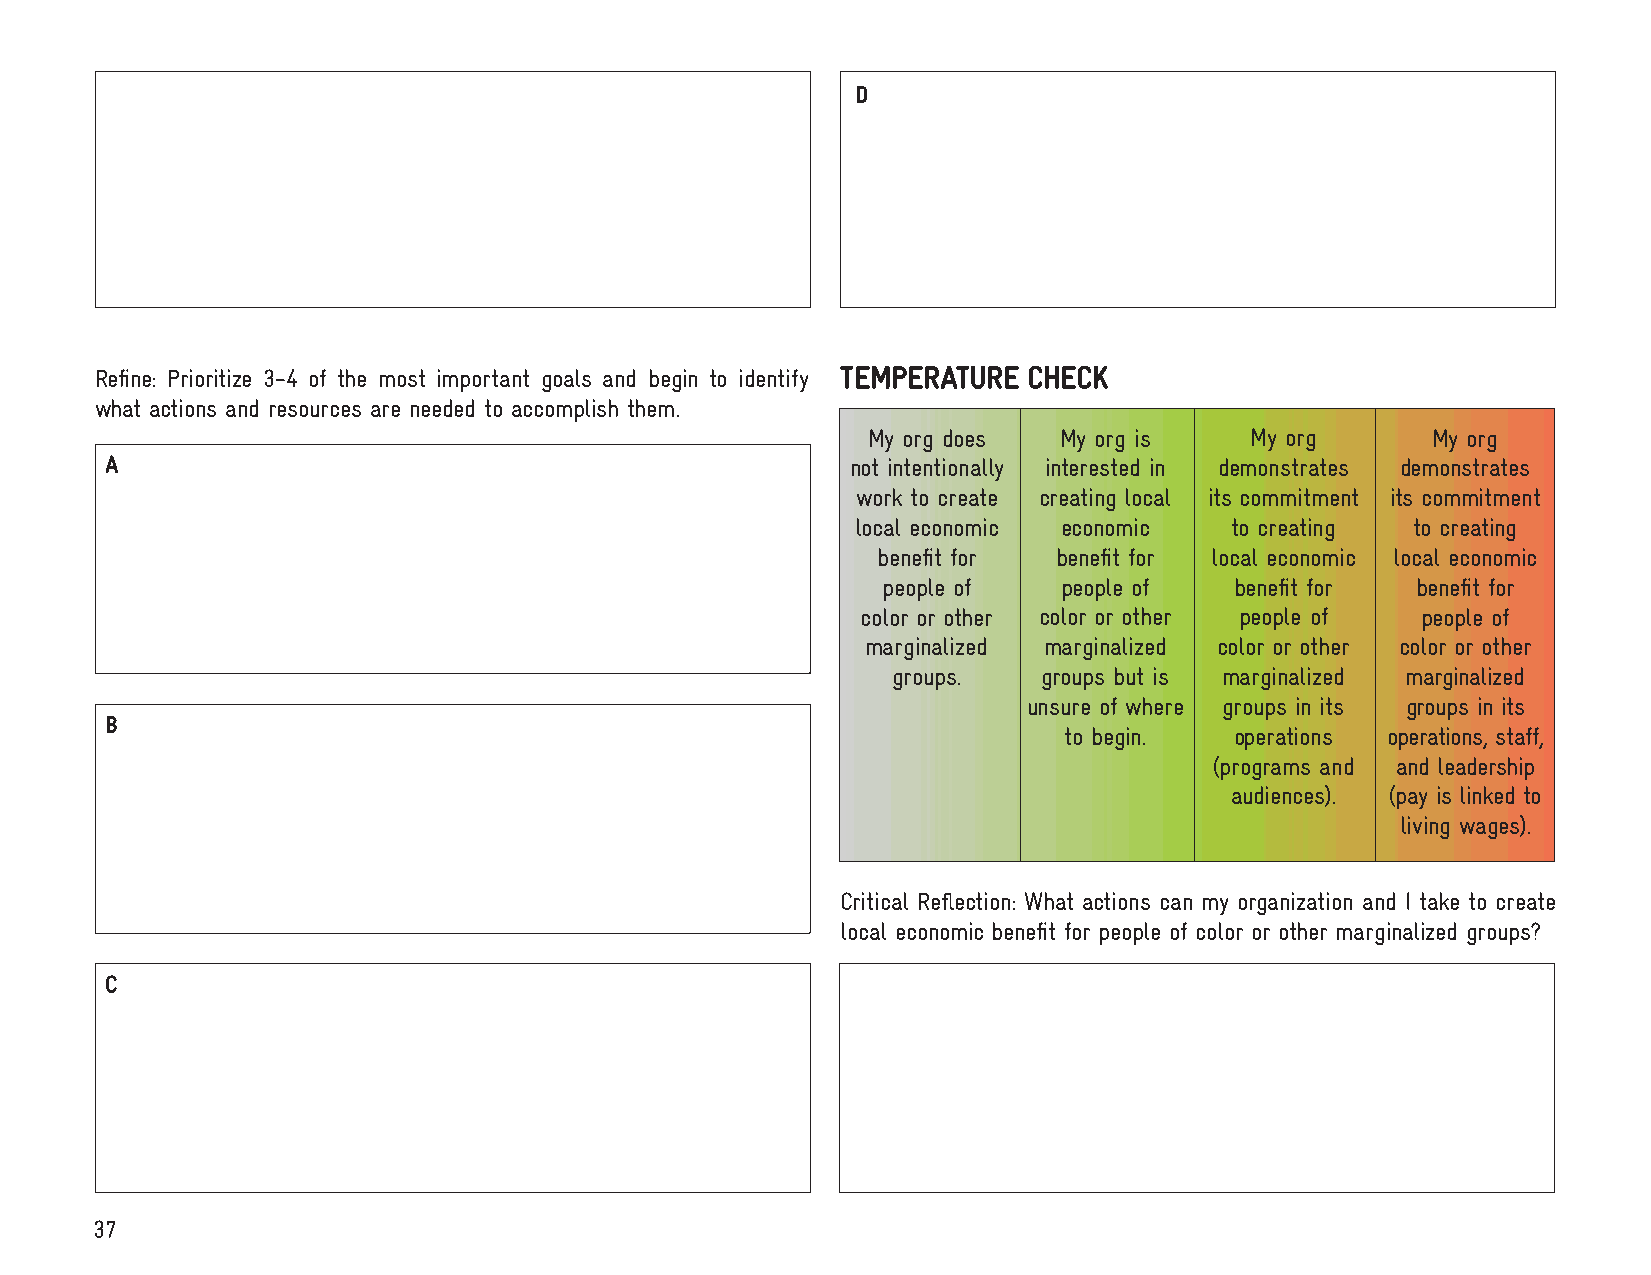
D
 Refine: Prioritize 3-4 of the most important goals and begin to identify TEMPERATURE CHECK
 what actions and resources are needed to accomplish them.
 My org does  My org is    My org      My org
 A                                                not intentionally interested in demonstrates demonstrates
 work to create creating local its commitment its commitment
 local economic economic to creating  to creating
 benefit for benefit for local economic local economic
 people of   people of   benefit for benefit for
 color or other color or other people of people of
 marginalized marginalized color or other color or other
 groups.   groups but is marginalized marginalized
 unsure of where groups in its groups in its
 B
 to begin.   operations operations, staff,
 (programs and and leadership
 audiences). (pay is linked to
 living wages).
 Critical Reflection: What actions can my organization and I take to create
 local economic benefit for people of color or other marginalized groups?
 C
 37